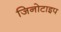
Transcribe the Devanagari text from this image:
जिनोटाइप